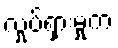
လှုပ်ရှားမှုက